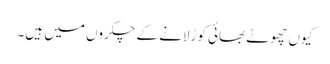
کیوں چھوٹے بھائی کو رُلانے کے چکروں میں ہیں۔